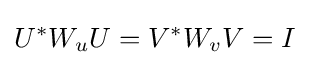
U^{*}W_{u}U=V^{*}W_{v}V=I